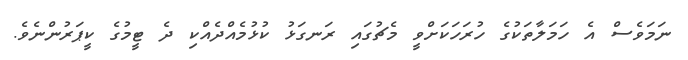
ނަމަވެސް އެ ހަމަލާތަކުގެ ހުރަހަކަށްވީ މެޗުގައި ރަނގަޅު ކުޅުމެއްދެއްކި ދެ ޓީމުގެ ކީޕަރުންނެވެ.